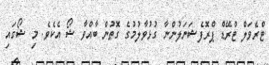
ޓްރެވަލް ޓްރޭޑް ޕްރޮފެޝަނަލުންނާ ގުޅުވާލުމުގެ ގޮތުން ބާއްވާ ޝޯ އެކެވެ. މި ޝޯގައި